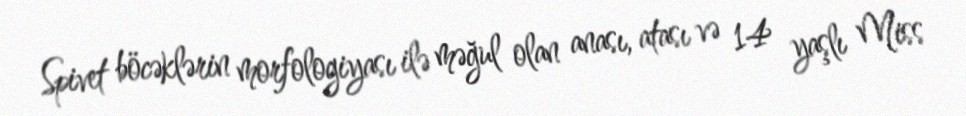
Spivet böcəklərin morfologiyası ilə məğul olan anası, atası və 14 yaşlı Miss